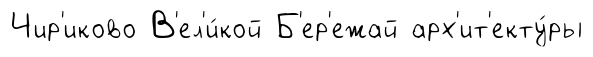
Чир'иково В'ел'и́кой Б'ер'ежай арх'ит'екту́ры